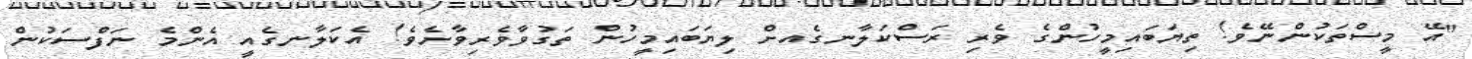
"އޭ މީސްތަކުންނޭވެ! ތިޔަބައިމީހުންގެ ވެރި ރަސްކަލާނގެއށް ލިޔަބައިމީހުން ތަގުވާވެރިވާށެވެ! އެކަލާނގެއީ އެންމެ ނަފްސަކުން